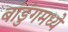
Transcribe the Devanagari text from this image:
बांडुंगमध्ये